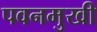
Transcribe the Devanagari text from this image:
पवनमुखी